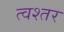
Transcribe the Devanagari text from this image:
त्वश्तर